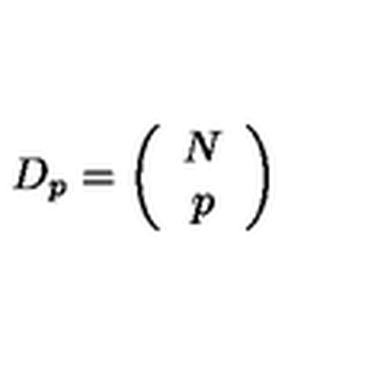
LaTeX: D _ { p } = \left( \begin{array} { c } { N } \\ { p } \\ \end{array} \right)